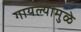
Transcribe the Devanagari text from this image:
गायल्यामुळे